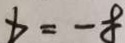
x = - 8